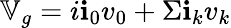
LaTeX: \mathbb{V}_{g}=i\textbf{i}_{0}v_{0}+\Sigma\textbf{i}_{k}v_{k}